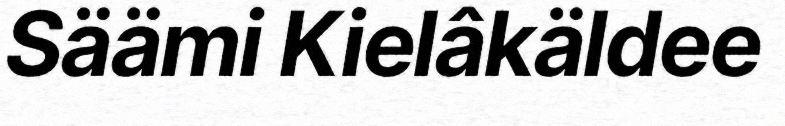
Säämi Kielâkäldee